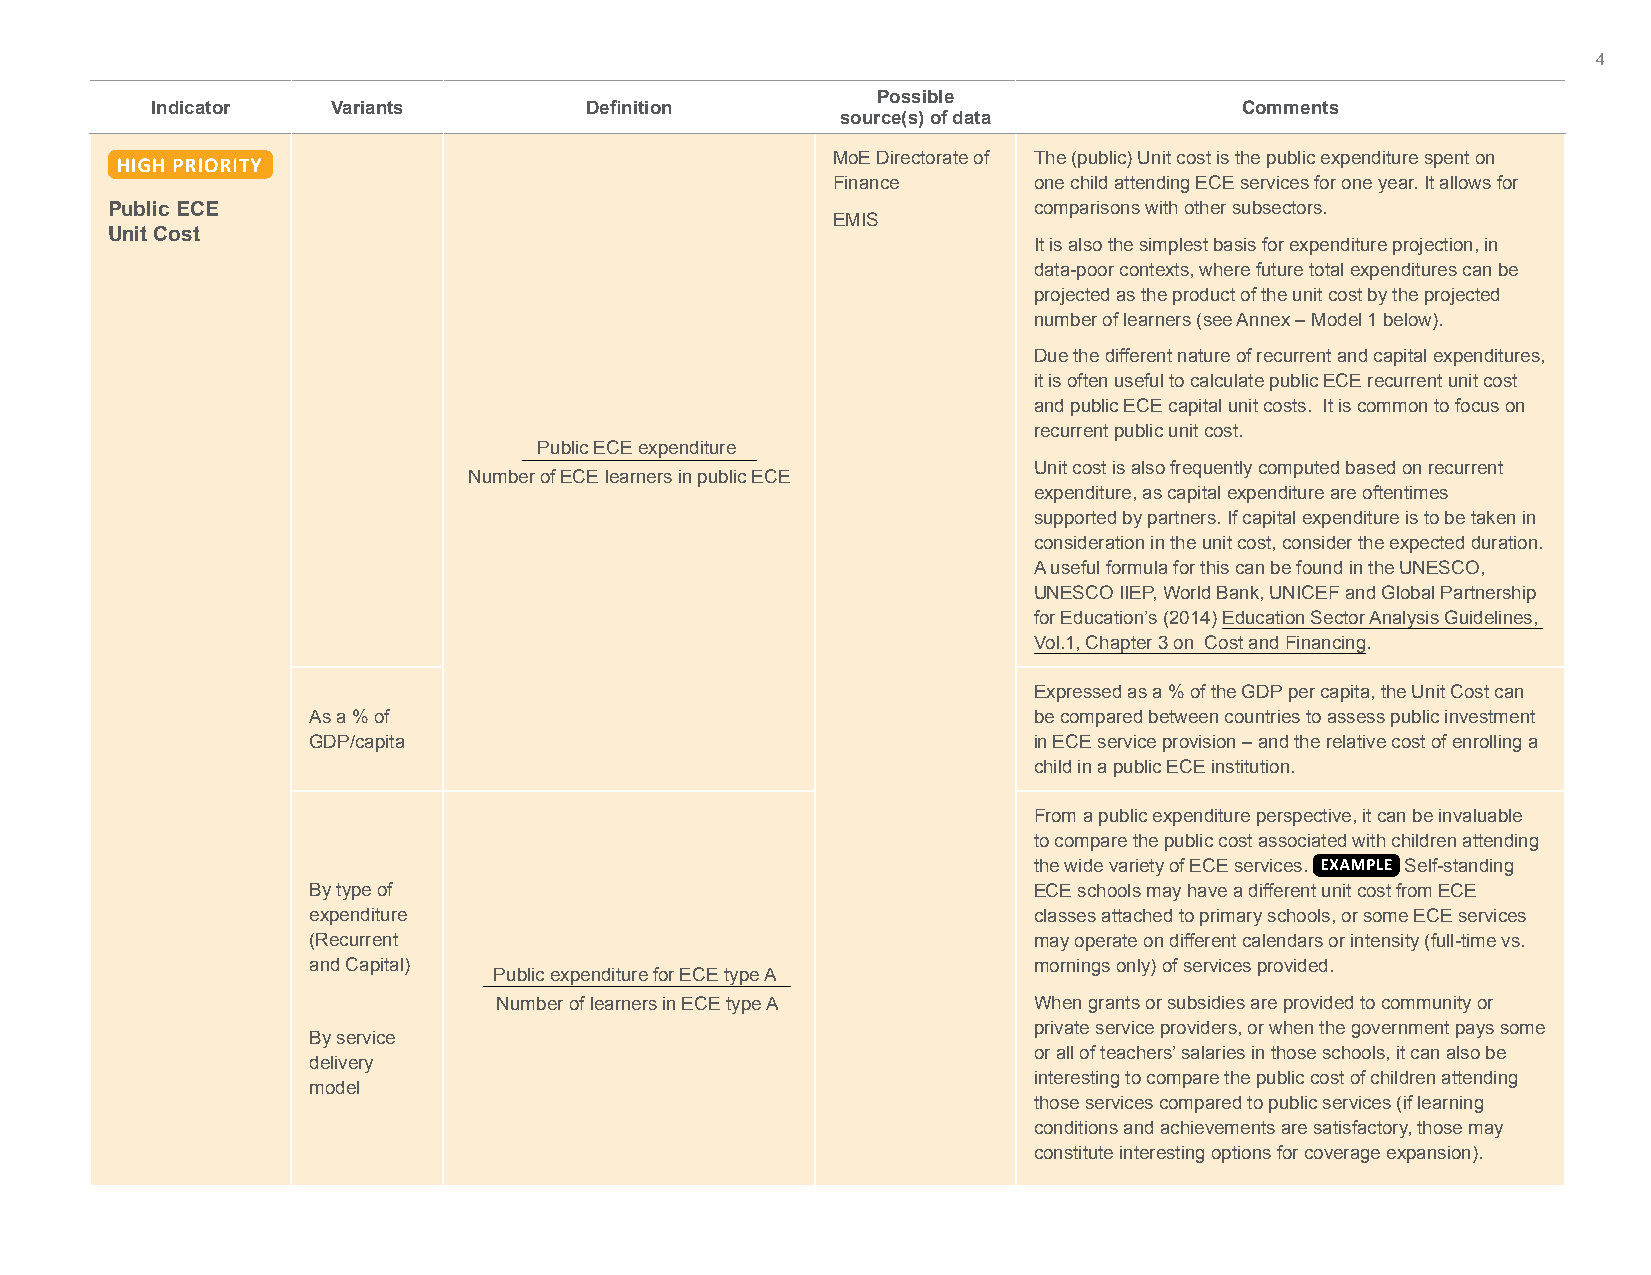
4
 Possible
 Indicator   Variants         Definition                                 Comments
 source(s) of data
 MoE Directorate of The (public) Unit cost is the public expenditure spent on
 Finance      one child attending ECE services for one year. It allows for
 Public ECE                                                   comparisons with other subsectors.
 EMIS
 Unit Cost
 It is also the simplest basis for expenditure projection, in
 data-poor contexts, where future total expenditures can be
 projected as the product of the unit cost by the projected
 number of learners (see Annex – Model 1 below).
 Due the different nature of recurrent and capital expenditures,
 it is often useful to calculate public ECE recurrent unit cost
 and public ECE capital unit costs. It is common to focus on
 recurrent public unit cost.
 Public ECE expenditure
 Unit cost is also frequently computed based on recurrent
 Number of ECE learners in public ECE
 expenditure, as capital expenditure are oftentimes
 supported by partners. If capital expenditure is to be taken in
 consideration in the unit cost, consider the expected duration.
 A useful formula for this can be found in the UNESCO,
 UNESCO IIEP, World Bank, UNICEF and Global Partnership
 for Education’s (2014) Education Sector Analysis Guidelines,
 Vol.1, Chapter 3 on Cost and Financing.
 Expressed as a % of the GDP per capita, the Unit Cost can
 As a % of                                       be compared between countries to assess public investment
 GDP/capita                                      in ECE service provision – and the relative cost of enrolling a
 child in a public ECE institution.
 From a public expenditure perspective, it can be invaluable
 to compare the public cost associated with children attending
 the wide variety of ECE services. Self-standing
 By type of                                      ECE schools may have a different unit cost from ECE
 expenditure                                     classes attached to primary schools, or some ECE services
 (Recurrent                                      may operate on different calendars or intensity (full-time vs.
 and Capital)                                    mornings only) of services provided.
 Public expenditure for ECE type A
 Number of learners in ECE type A   When grants or subsidies are provided to community or
 private service providers, or when the government pays some
 By service
 or all of teachers’ salaries in those schools, it can also be
 delivery
 interesting to compare the public cost of children attending
 model
 those services compared to public services (if learning
 conditions and achievements are satisfactory, those may
 constitute interesting options for coverage expansion).